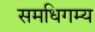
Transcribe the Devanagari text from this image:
समधिगम्य